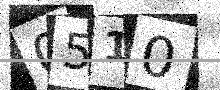
Text: 0510